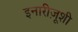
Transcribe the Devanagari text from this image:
इनारीज़ूशी